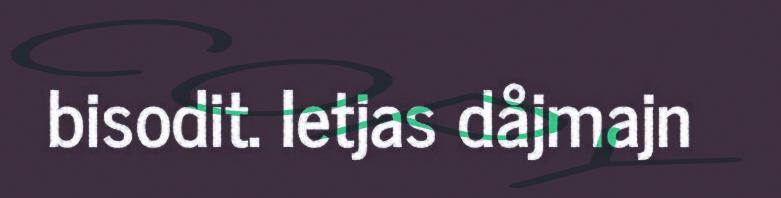
bisodit. Ietjas dåjmajn